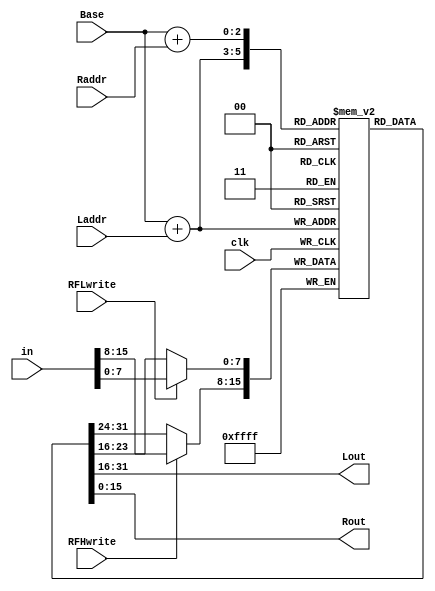
//----------------------------------------------------------------------
//--SAYEH (Simple Architecture Yet Enough Hardware) CPU
//----------------------------------------------------------------------
// Register File

`timescale 1 ns /1 ns

module RegisterFile (in, clk, Laddr, Raddr, Base, RFLwrite, RFHwrite, Lout, Rout);

input [15:0] in;
input clk, RFLwrite, RFHwrite;
input [1:0] Laddr, Raddr;
input [2:0] Base;
output [15:0] Lout, Rout;

reg [15:0] MemoryFile [0:7];

wire [2:0] Laddress = Base + Laddr;
wire [2:0] Raddress = Base + Raddr;

assign Lout = MemoryFile [Laddress];
assign Rout = MemoryFile [Raddress];

reg [15:0] TempReg;

	always @(negedge clk) begin
	    TempReg = MemoryFile [Laddress];
		if (RFLwrite) TempReg [7:0] = in [7:0];
		if (RFHwrite) TempReg [15:8] = in [15:8];
		MemoryFile [Laddress] = TempReg;
	end

endmodule